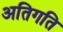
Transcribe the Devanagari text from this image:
अतिगति